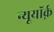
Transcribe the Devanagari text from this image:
न्यूयॉर्क़